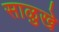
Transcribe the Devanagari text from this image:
साळुखे